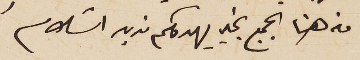
من هنا الجميع بخير يهدوكم مزيد السَلام